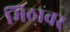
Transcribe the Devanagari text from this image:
मिठावर